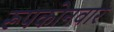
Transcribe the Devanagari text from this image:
रूपकोनवार